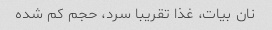
نان بیات، غذا تقریبا سرد، حجم کم شده